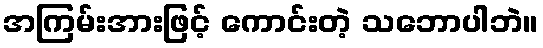
အကြမ်းအားဖြင့် ကောင်းတဲ့ သဘောပါဘဲ။